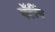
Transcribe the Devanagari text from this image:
चॅटींग